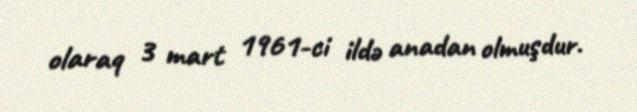
olaraq 3 mart 1961-ci ildə anadan olmuşdur.